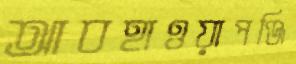
আবহাওয়াপঞ্জি